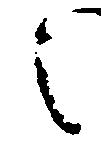
之